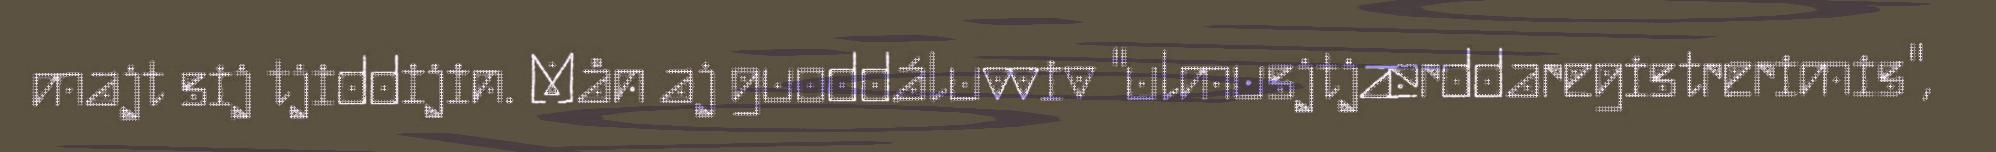
majt sij tjiddijin. Mån aj guoddáluvviv "ulmusjtjærddaregistrerimis",